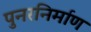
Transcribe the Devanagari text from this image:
पुनरनिर्माण